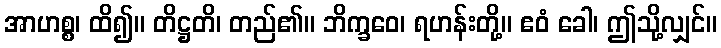
အာဟစ္စ၊ ထိ၍။ တိဋ္ဌတိ၊ တည်၏။ ဘိက္ခဝေ၊ ရဟန်းတို့။ ဧဝံ ခေါ၊ ဤသို့လျှင်။